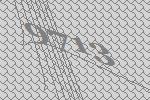
9713